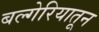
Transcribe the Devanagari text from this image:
बल्गेरियातून